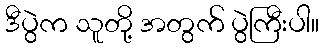
ဒီပွဲက သူတို့ အတွက် ပွဲကြီးပါ။